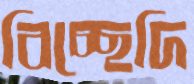
বিচ্ছেদি